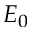
E _ { 0 }